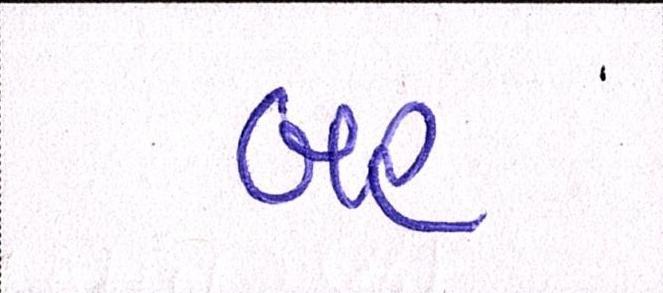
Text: બહ